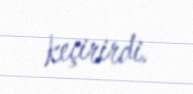
keçirirdi.